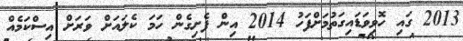
2013 ގައި ހޮވިވަޑައިގަތުމަށްފަހު 2014 އިން ފެށިގެން ހަމަ ކެލައަށް ވަރަށް އިސްކަމެއް